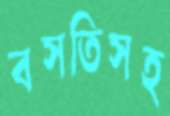
বসতিসহ